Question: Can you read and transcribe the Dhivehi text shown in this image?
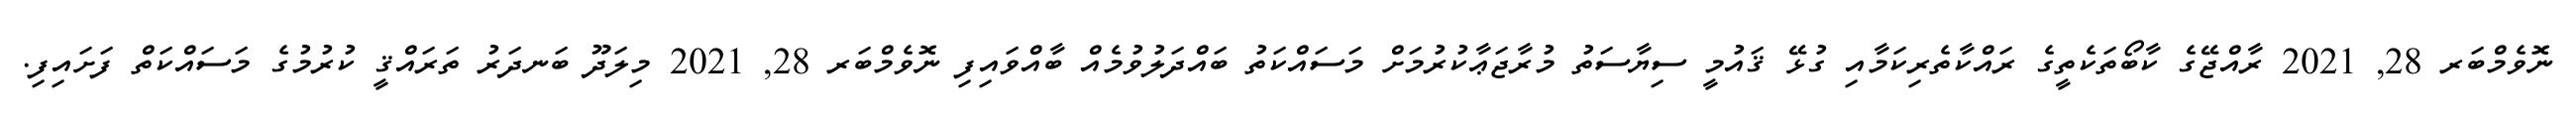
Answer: ނޮވެމްބަރ 28, 2021 ރާއްޖޭގެ ކާބޯތަކެތީގެ ރައްކާތެރިކަމާއި ގުޅޭ ޤައުމީ ސިޔާސަތު މުރާޖަޢާކުރުމަށް މަސައްކަތު ބައްދަލުވުމެއް ބާއްވައިފި ނޮވެމްބަރ 28, 2021 މިލަދޫ ބަނދަރު ތަރައްޤީ ކުރުމުގެ މަސައްކަތް ފަށައިފި.